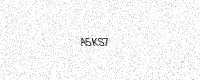
Text: A5KS7